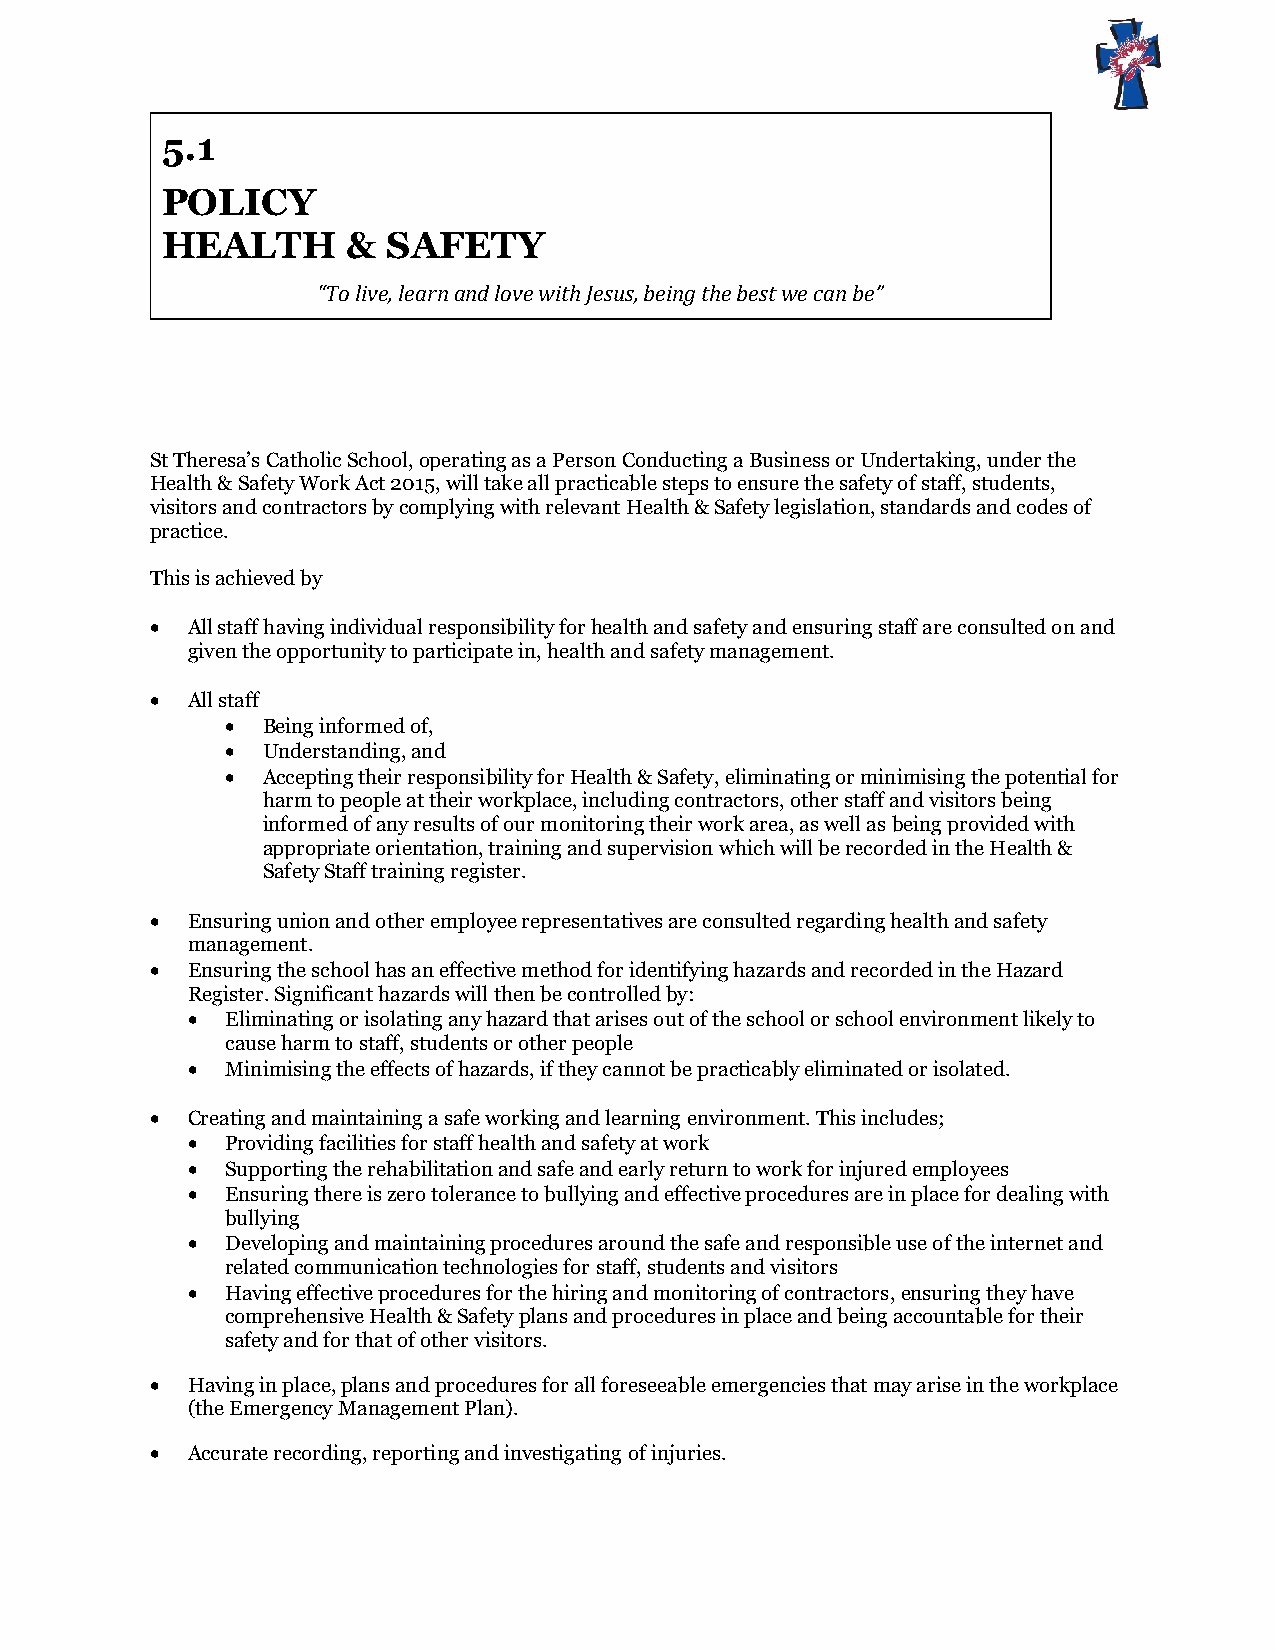
5.1
 POLICY
 HEALTH      &  SAFETY
 “To live, learn and love with Jesus, being the best we can be”
 St Theresa’s Catholic School, operating as a Person Conducting a Business or Undertaking, under the
 Health & Safety Work Act 2015, will take all practicable steps to ensure the safety of staff, students,
 visitors and contractors by complying with relevant Health & Safety legislation, standards and codes of
 practice.
 This is achieved by
  All staff having individual responsibility for health and safety and ensuring staff are consulted on and
 given the opportunity to participate in, health and safety management.
  All staff
  Being informed of,
  Understanding, and
  Accepting their responsibility for Health & Safety, eliminating or minimising the potential for
 harm to people at their workplace, including contractors, other staff and visitors being
 informed of any results of our monitoring their work area, as well as being provided with
 appropriate orientation, training and supervision which will be recorded in the Health &
 Safety Staff training register.
  Ensuring union and other employee representatives are consulted regarding health and safety
 management.
  Ensuring the school has an effective method for identifying hazards and recorded in the Hazard
 Register. Significant hazards will then be controlled by:
   Eliminating or isolating any hazard that arises out of the school or school environment likely to
 cause harm to staff, students or other people
   Minimising the effects of hazards, if they cannot be practicably eliminated or isolated.
  Creating and maintaining a safe working and learning environment. This includes;
   Providing facilities for staff health and safety at work
   Supporting the rehabilitation and safe and early return to work for injured employees
   Ensuring there is zero tolerance to bullying and effective procedures are in place for dealing with
 bullying
   Developing and maintaining procedures around the safe and responsible use of the internet and
 related communication technologies for staff, students and visitors
   Having effective procedures for the hiring and monitoring of contractors, ensuring they have
 comprehensive Health & Safety plans and procedures in place and being accountable for their
 safety and for that of other visitors.
  Having in place, plans and procedures for all foreseeable emergencies that may arise in the workplace
 (the Emergency Management Plan).
  Accurate recording, reporting and investigating of injuries.